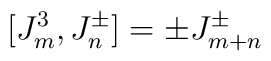
[J^3_m, J^\pm_n] = \pm J^\pm_{m+n}